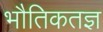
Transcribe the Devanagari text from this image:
भौतिकतज्ञ